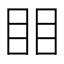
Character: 䀠